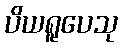
ပိယရူပေသု